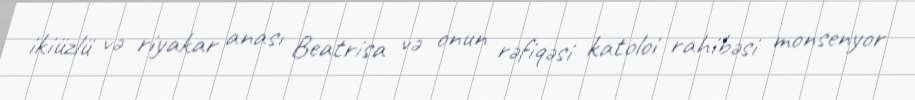
ikiüzlü və riyakar anası Beatrisa və onun rəfiqəsi katoloi rahibəsi monsenyor